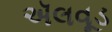
ઍલવૂડ